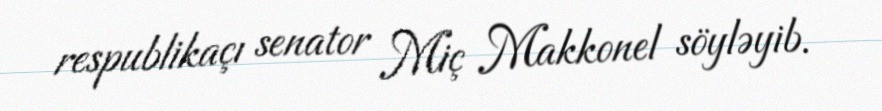
respublikaçı senator Miç Makkonel söyləyib.